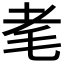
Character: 𦒷